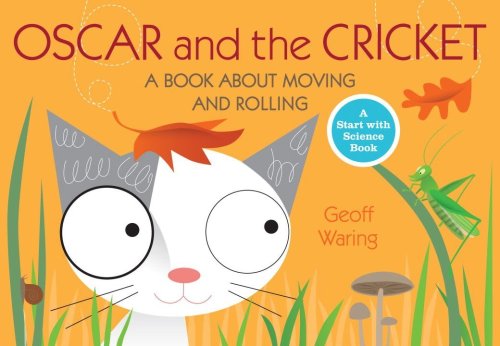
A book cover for Oscar and the Cricket: A Book About Moving and Rolling (Start with Science); Geoff Waring; Children's Books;